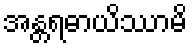
အန္တရဓာယိဿာမိ